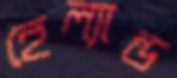
হেল্যান্ড